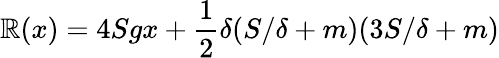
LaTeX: \mathbb{R}(x)=4Sgx+{\frac{{1}}{{2}}}\delta(S/\delta+m)(3S/\delta+m)